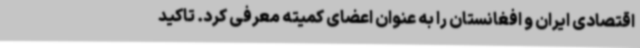
اقتصادی ایران و افغانستان را به عنوان اعضای کمیته معرفی کرد. تاکید